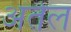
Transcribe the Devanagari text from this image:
अंतेल